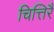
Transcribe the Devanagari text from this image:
चित्तिरै